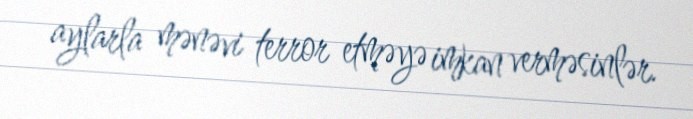
aylarla mənəvi terror etməyə imkan verməsinlər.